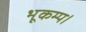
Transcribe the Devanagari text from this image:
भूकम्प।